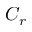
C _ { r }